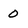
Character: 0